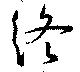
終